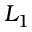
L _ { 1 }